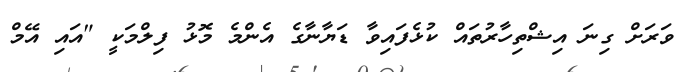
ވަރަށް ގިނަ އިޝްތިހާރުތައް ކުޅެފައިވާ ޑަޔާނާގެ އެންމެ މޮޅު ފިލްމަކީ "އައި އޭމް